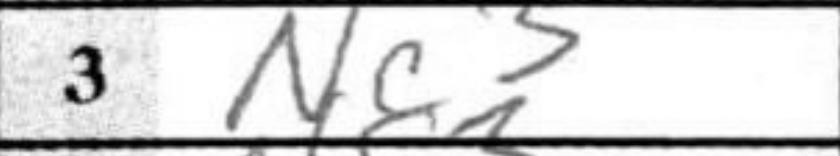
Transcription: Nc3